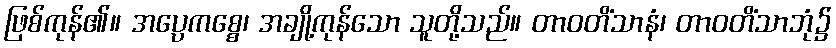
ဖြစ်ကုန်၏။ အပ္ပေကစ္စေ၊ အချို့ကုန်သော သူတို့သည်။ တာဝတိံသာနံ၊ တာဝတိံသာဘုံ၌